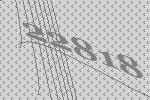
22818